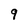
Character: 9